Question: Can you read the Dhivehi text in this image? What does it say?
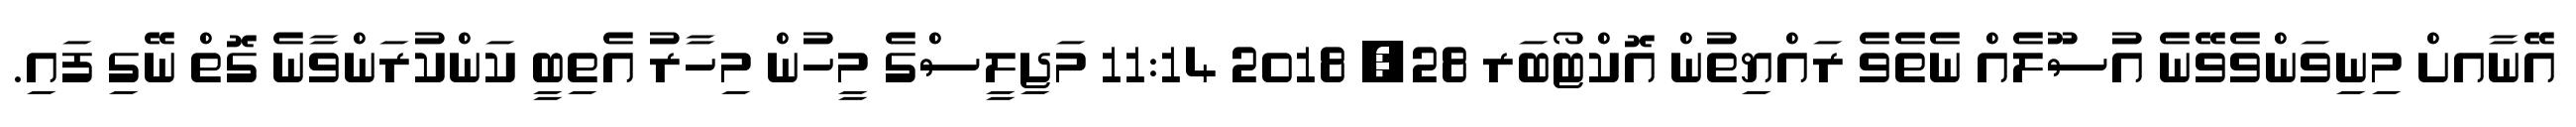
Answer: އޭނާއށް މިނިވަންވެވޭނެ އުސޫލެއް ނެތެވެ ރައްޔިތުން އޮކްޓޯބަރ 28, 2018 11:14 މަޖިލީސްގެ މީހުން މިހާރު އެތިބީ ކަންކުރަންވާނެ ގޮތް ނޭގި ފައި.